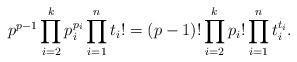
LaTeX: \begin{align*} p^{p-1} \prod_{i = 2}^k p_i^{p_i} \prod_{i = 1}^n t_i! = (p-1)! \prod_{i = 2}^k p_i! \prod_{i = 1}^n t_i^{t_i}. \end{align*}